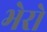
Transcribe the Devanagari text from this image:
भेरो